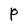
Character: P